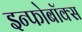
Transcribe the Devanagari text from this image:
इन्फोबॉक्स